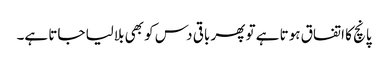
پانچ کا اتفاق ہوتا ہے تو پھر باقی دس کو بھی بلالیا جاتا ہے۔